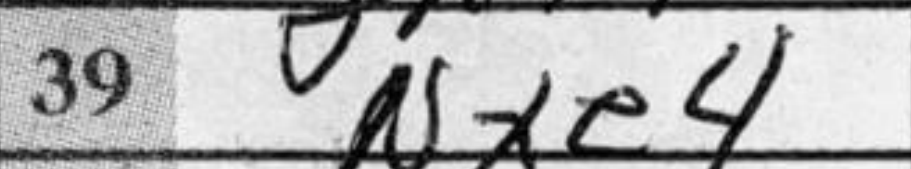
Transcription: Nxe4